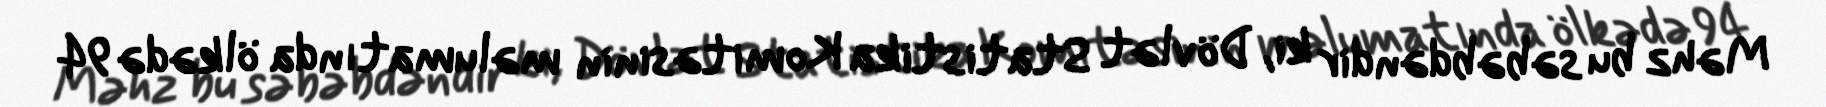
Məhz bu səbəbdəndir ki, Dövlət Statistika Komitəsinin məlumatında ölkədə 94